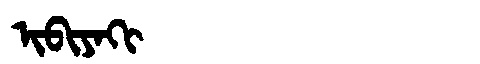
Manchu: ᡳᠪᡳᠶᠠᡴᡳ
Romanization: IBIYAKI